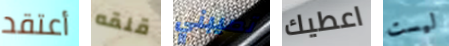
أعتقد قلقه تصيبني اعطيك ليست